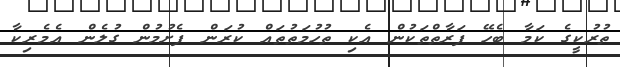
ތުރުކީގެ ކަމާ ބެހޭ ފަރާތްތަކުން އެކި ތުހުމަތުތައް ކުރަން ފެށުމުން ގުލެން އެމެރިކާ